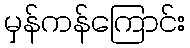
မှန်ကန်ကြောင်း